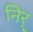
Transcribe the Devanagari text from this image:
निर्